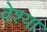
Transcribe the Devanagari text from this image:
वेश्‍या